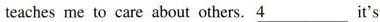
teaches me to care about others. \underline{4}it's